Annual returns of the Patna Lunatic Asylum at Bankipore in Bihar and Orissa - 1912-1924
Year: 1912
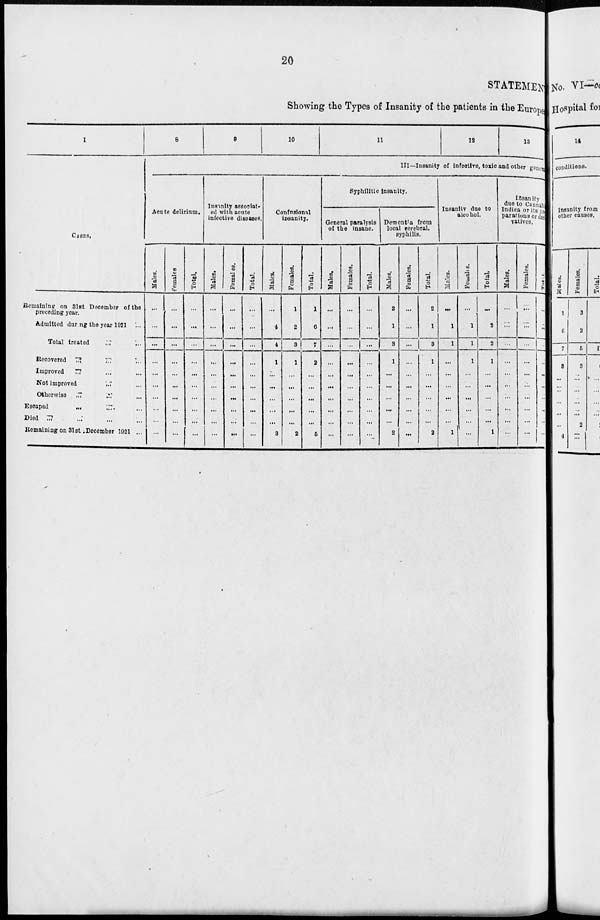
20
STATEMEN
Showing the Types of Insanity of the patients in the Europe
1
CASES.
Remaining on 31st December of the
preceding year.
Admitted during the year 1921 ...
Total treated ... ...
Recovered ... ... ...
Improved
... ... ...
Not improved
...
...
Otherwise ... ... ...
Escaped
...
...
...
Died ... ... ... ...
Remaining on 31st December 1921 ...
8
9
10
11
12
13
III—Insanity of infective, toxic and other genera
Acute delirium.
Males.
...
...
...
...
...
...
...
...
...
...
Females.
...
...
...
...
...
...
...
...
...
...
Total .
...
...
...
...
...
...
...
...
...
...
Insanity associat-
ed with acute
infective diseases.
Males.
...
...
...
...
...
...
...
...
...
...
Females.
...
...
...
...
...
...
...
...
...
...
Total.
...
...
...
...
...
...
...
...
...
...
Confusional
insanity.
Males.
...
4
4
1
...
...
...
...
...
3
Females.
1
2
3
1
...
...
...
...
...
2
Total.
1
6
7
2
...
...
...
...
...
5
Syphilitic insanity.
General paralysis
of the insane.
Males.
...
...
...
...
...
...
...
...
...
...
Females.
...
...
...
...
...
...
...
...
...
...
Total.
...
...
...
...
...
...
...
...
...
...
Demontia from
local cerebral.
syphilis.
Males.
2
1
3
1
...
...
....
...
....
2
Females.
...
...
...
...
...
...
...
...
...
...
Total.
2
1
3
1
...
...
...
...
...
2
Insanity due to
alcohol.
Males.
...
1
1
...
...
...
...
...
...
1
Females.
...
1
1
1
...
...
...
...
...
...
Total.
...
2
2
1
...
...
...
...
...
1
Insanity
due to Cannabi
Indica or its pre
parations or deti
vatives.
Males.
...
...
...
...
...
...
...
...
...
...
Females.
...
...
...
...
...
...
...
...
...
...
Total .
...
...
...
...
...
...
...
...
...
...